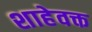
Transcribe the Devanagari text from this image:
शाहेवक्त